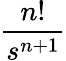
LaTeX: \frac{n!}{s^{n+1}}